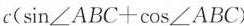
$$c(\sin \angle ABC+\cos \angle ABC)$$。